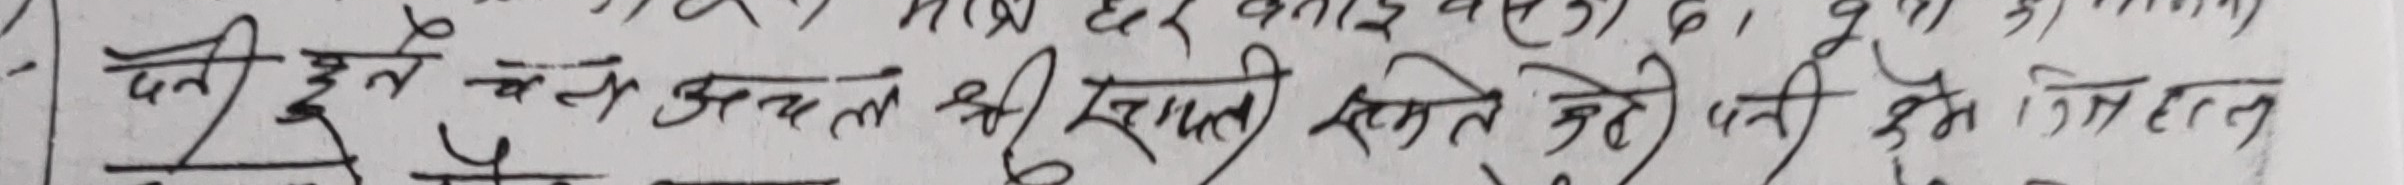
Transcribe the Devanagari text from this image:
दानी हुने, चेल अचतकी खातिर, रमति हुने छैन तिनहल